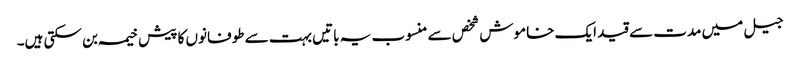
جیل میں مدت سے قید ایک خاموش شخص سے منسوب یہ باتیں بہت سے طوفانوں کا پیش خیمہ بن سکتی ہیں۔